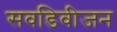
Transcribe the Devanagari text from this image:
सवडिवीजन